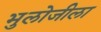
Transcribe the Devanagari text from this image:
भुलोजीला